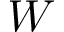
W